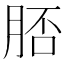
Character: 脴